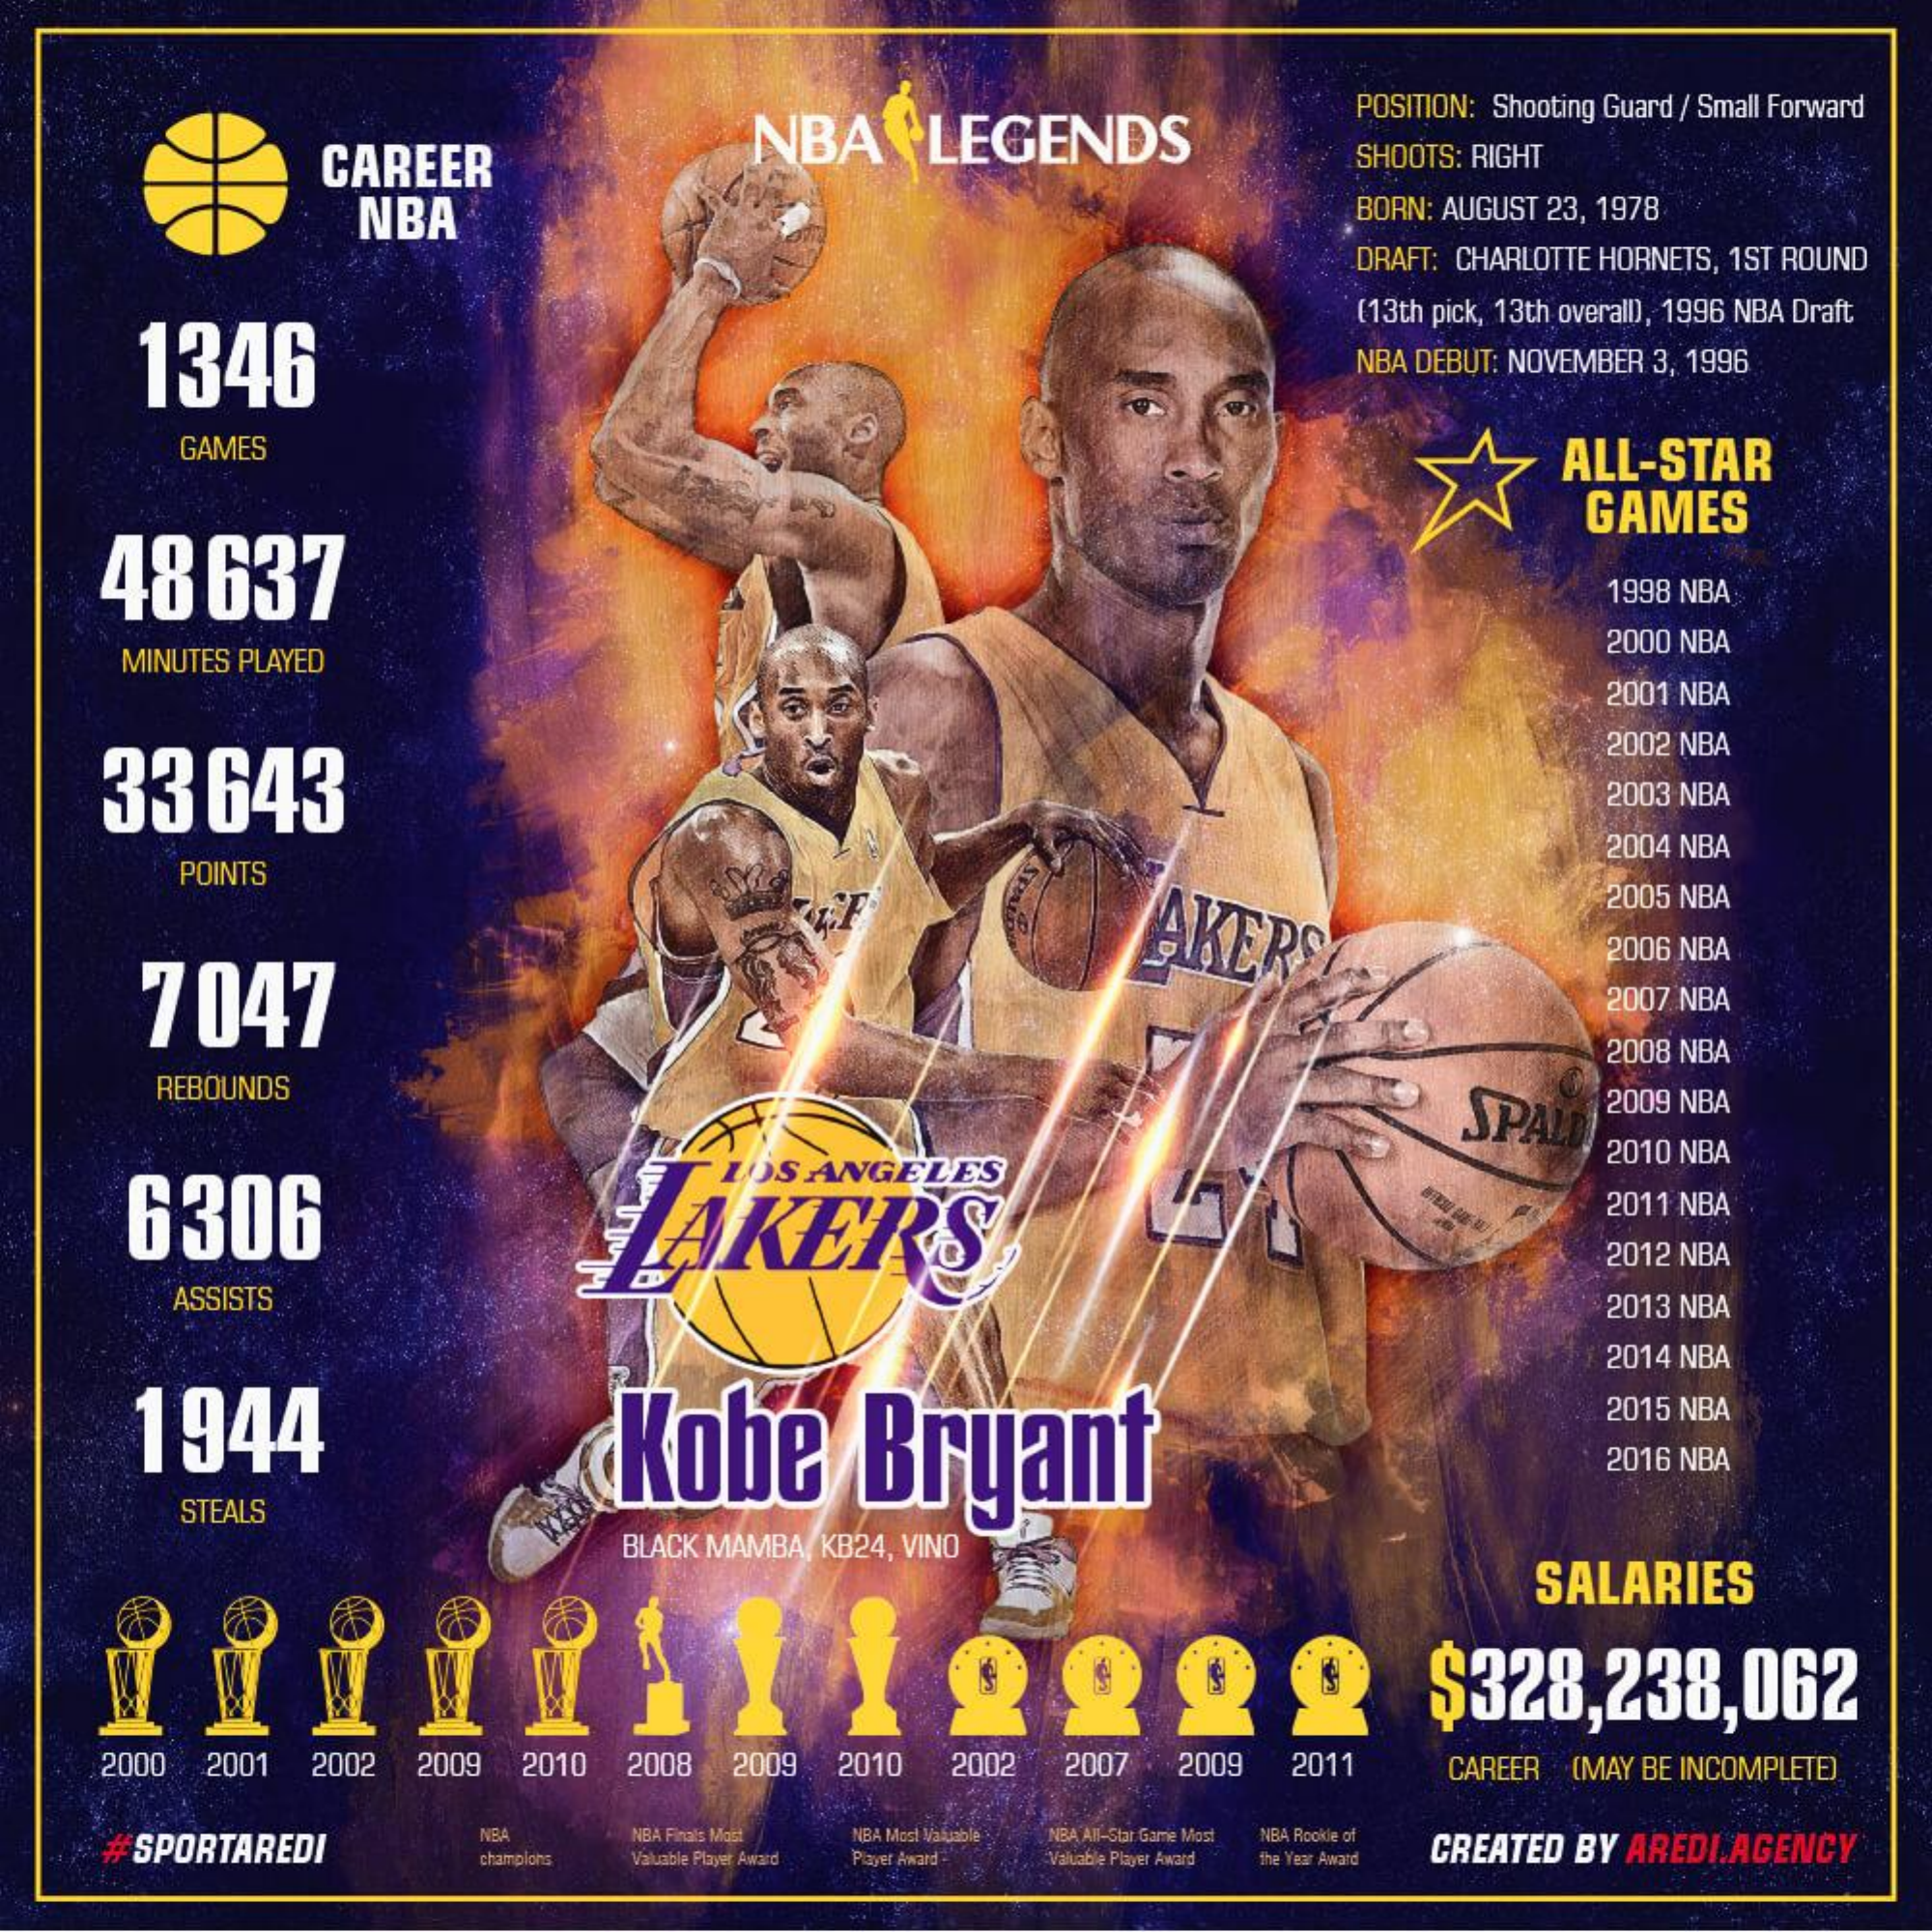
POSITION: Shooting Guard / Small Forward
     CAREER
     NBA    LEGENDS
     SHOOTS: RIGHT
     NBA    BORN: AUGUST 23, 1978
     DRAFT: CHARLOTTE HORNETS, 1ST ROUND
     1346
     (13th pick, 13th overall), 1996 NBA Draft
     NBA DEBUT: NOVEMBER 3, 1996
     GAMES    ALL-STAR
    48  637
     GAMES
     1998 NBA
     MINUTES PLAYED
     2000 NBA
     2001 NBA
    33  643
     2002 NBA
     2003 NBA
     POINTS
     2004 NBA
     7047
     AKERS!
     2005 NBA
     2006 NBA
     2007 NBA
     2008 NBA
     REBOUNDS
     SPAL
     2009 NBA
     6306
     LOS ANGELES
     2010 NBA
     LAKERS
     2011 NBA
     2012 NBA
     ASSISTS    2013 NBA
     2014 NBA
     1944    Kobe    Bryant
     2015 NBA
     2016 NBA
     STEALS
     BLACK MAMBA/KB24, VINO
     SALARIES
     22    9   9    $328,238,062
     2000 2001 2002 2009 2010 2008 2009 2010 2002 2007 2009 2011 CAREER (MAY BE INCOMPLETE)
     SPORTAREDI
     NBA   NBA Finals Moct NBA More Valuable NBA All-Star Game Most
     Valuable Player Award Playet Award Valuable Player Award
     NBA Rookie of
     tha Year Award CREATED BY AREDI.AGENCY champions